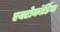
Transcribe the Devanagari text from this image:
एक्टोकॉर्डिया